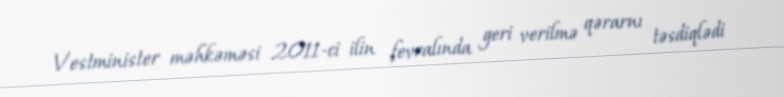
Vestminister məhkəməsi 2011-ci ilin fevralında geri verilmə qərarnı təsdiqlədi